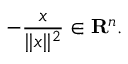
- { \frac { x } { \| x \| ^ { 2 } } } \in \mathbf { R } ^ { n } .